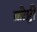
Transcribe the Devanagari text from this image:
क्रोष्ट्री